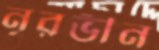
নূরভীন